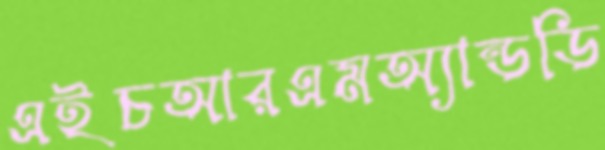
এইচআরএমঅ্যান্ডডি